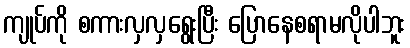
ကျုပ်ကို စကားလှလှရွေးပြီး ပြောနေစရာမလိုပါဘူး